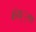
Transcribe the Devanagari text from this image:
संस््था